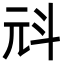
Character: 㪴